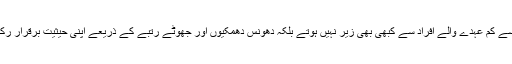
یہ اپنے سے کم عہدے والے افراد سے کبھی بھی زیر نہیں ہوتے بلکہ دھونس دھمکیوں اور جھوٹے رتبے کے ذریعے اپنی حیثیت برقرار رکھتے ہیں۔